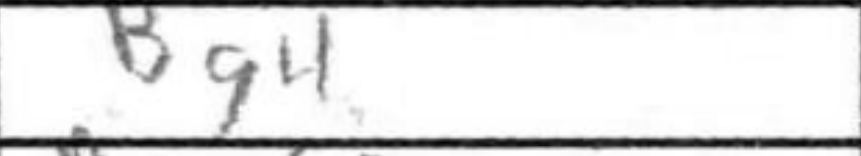
Transcription: Bg4